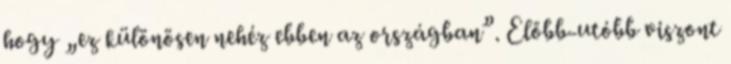
hogy „ez különösen nehéz ebben az országban”. Előbb-utóbb viszont